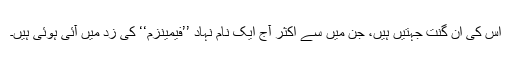
اس کی اَن گنت جہتیں ہیں، جن میں سے اکثر آج ایک نام نہاد ’’فیمینزم‘‘ کی زد میں آئی ہوئی ہیں۔